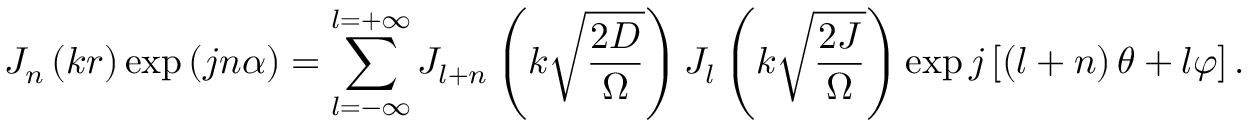
J _ { n } \left( k r \right) \exp \left( j n \alpha \right) = \sum _ { l = - \infty } ^ { l = + \infty } J _ { l + n } \left( k \sqrt { \frac { 2 D } { \Omega } } \right) J _ { l } \left( k \sqrt { \frac { 2 J } { \Omega } } \right) \exp j \left[ \left( l + n \right) \theta + l \varphi \right] .